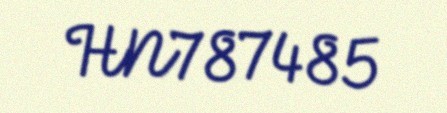
HN787485